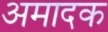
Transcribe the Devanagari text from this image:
अमादक